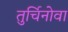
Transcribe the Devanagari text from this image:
तुर्चिनोवा